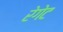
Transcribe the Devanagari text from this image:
रेगेट